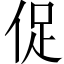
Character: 促